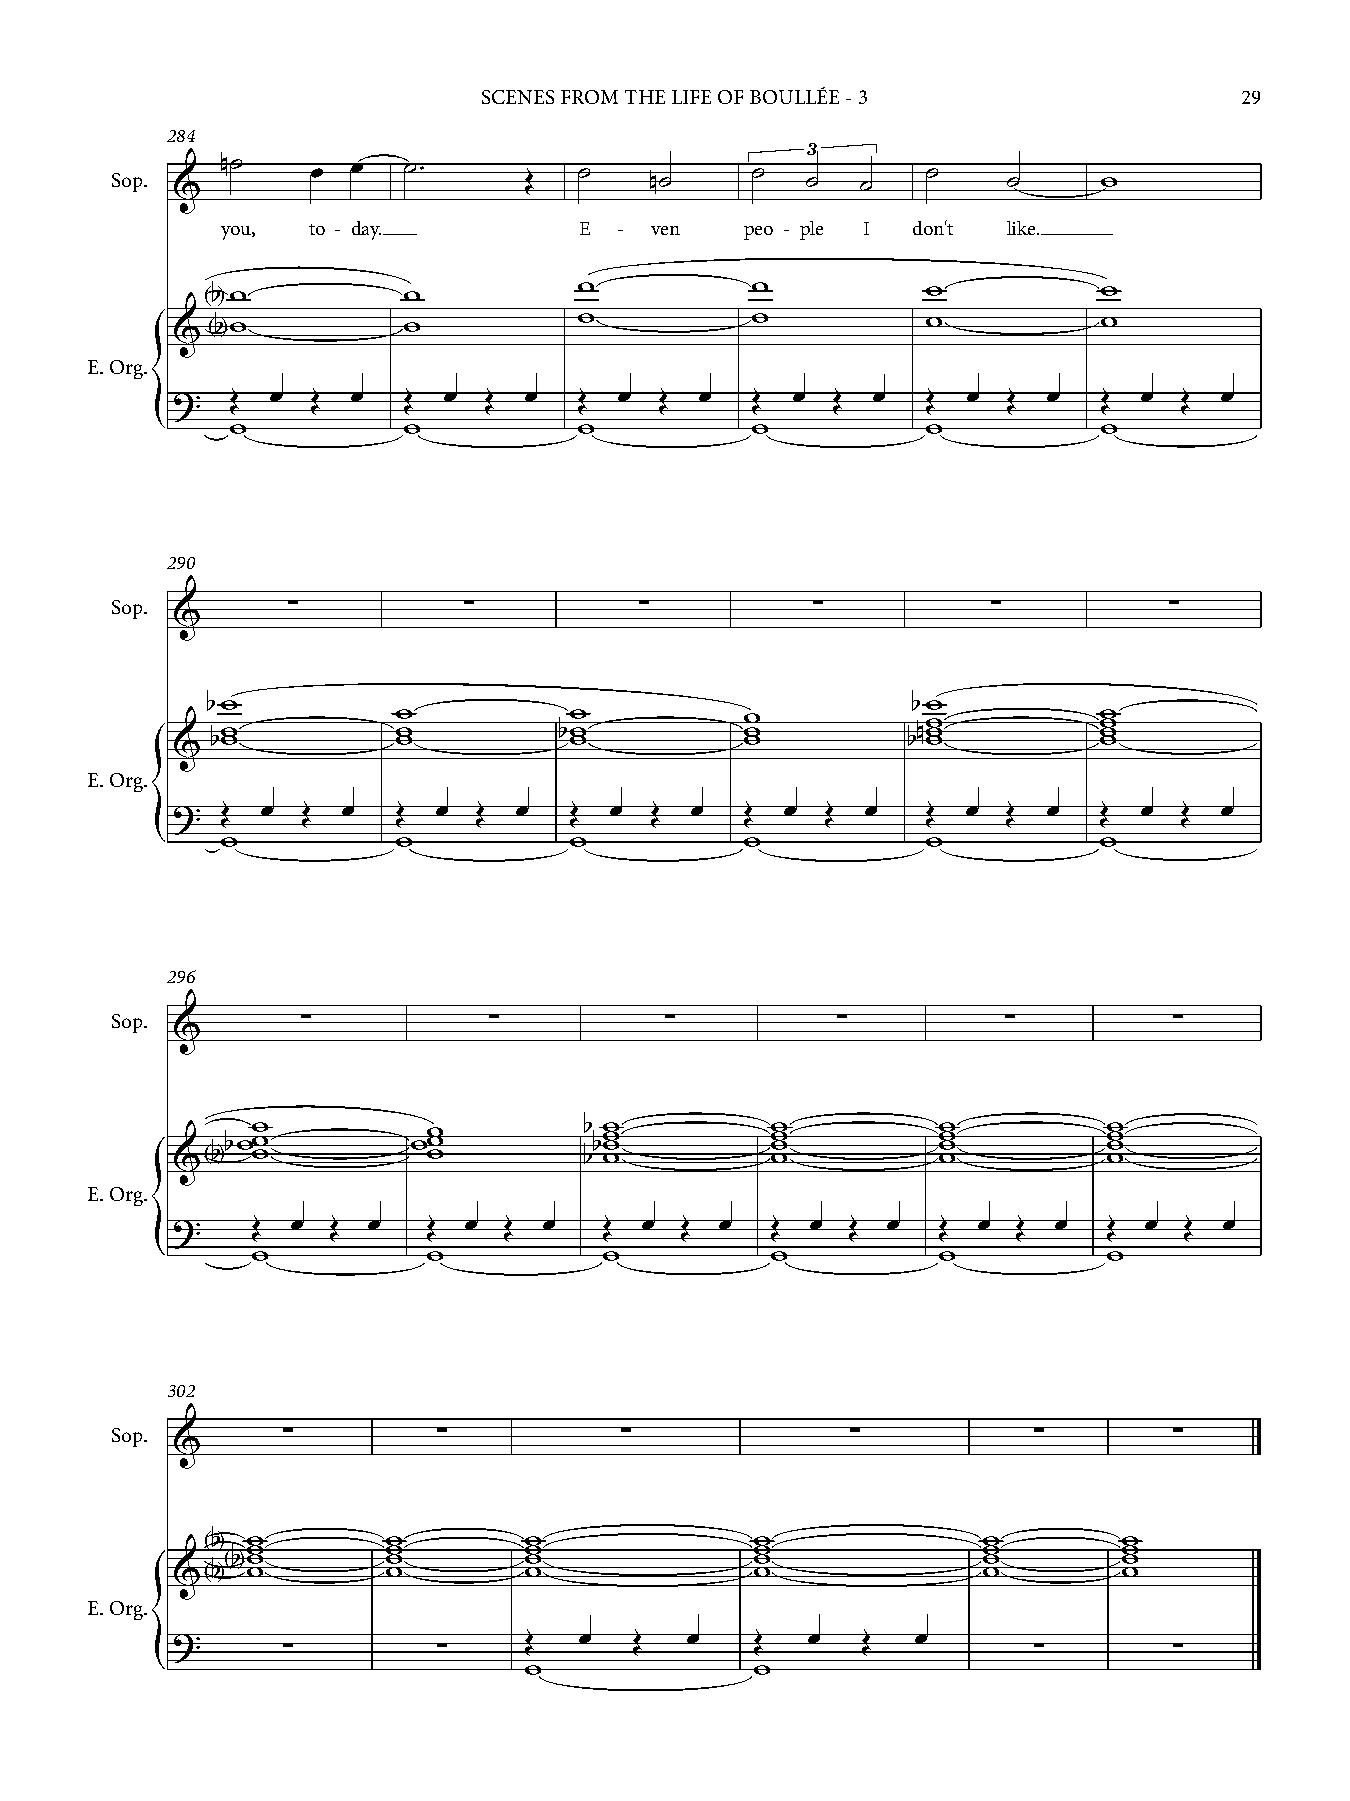
SCENES FROM THE LIFE OF BOULLÉE - 3               29
 284
 3
 Sop. &  n˙    œ œ   ˙ ™     Œ  ˙    n˙     ˙  ˙   ˙   ˙     ˙     w
 you, to - day.         E  - ven   peo - ple I don't like.
 b w          w          w           w          w           w
 < >
 bw           w          w           w          w           w
 &  < >
 E. Org.
 ?   Œ  œ  Œ œ   Œ œ  Œ  œ  Œ  œ  Œ œ   Œ œ  Œ  œ  Œ  œ  Œ œ   Œ  œ Œ  œ
 {    w           w          w           w          w           w
 290
 Sop.        ∑          ∑         ∑          ∑          ∑         ∑
 &
 bw                                            bw
 w           w          w           w           w w
 w          w          bw          w           nw          w
 bw          w           w          w          b w          w
 &
 E. Org.
 ?   Œ œ  Œ  œ  Œ  œ  Œ œ   Œ œ  Œ  œ  Œ  œ  Œ œ   Œ  œ  Œ œ   Œ  œ Œ  œ
 {    w          w           w          w           w           w
 296
 Sop.         ∑          ∑          ∑         ∑          ∑         ∑
 &
 bww w       ww w        b bw w w    w w w      w w w      w w w
 &<b > w          w          b w         w          w          w
 E. Org.
 ?     Œ œ  Œ œ   Œ  œ Œ  œ   Œ  œ Œ  œ  Œ  œ Œ  œ  Œ  œ Œ  œ  Œ  œ Œ  œ
 {      w          w           w          w          w          w
 302
 Sop.        ∑        ∑          ∑             ∑          ∑        ∑
 &
 b w         w        w              w              w        w
 < > w       w        w              w              w        w
 bw         w        w              w              w        w
 &<b >< >w      w        w              w              w        w
 E. Org.
 ?                       Œ  œ   Œ  œ    Œ  œ   Œ   œ
 ∑        ∑                                     ∑        ∑
 {                        w              w